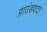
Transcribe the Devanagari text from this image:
ग्राउंडवाटर